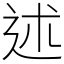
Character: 述